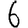
Digit: 6